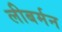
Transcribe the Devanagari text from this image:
लीबर्मन